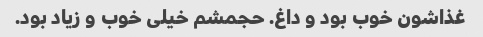
غذاشون خوب بود و داغ. حجمشم خیلی خوب و زیاد بود.